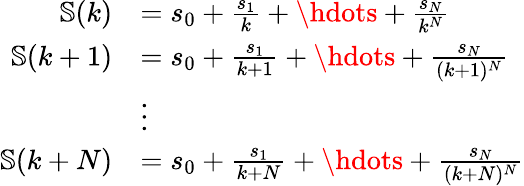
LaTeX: \begin{array}{rl}{\mathbb{S}(k)}&{=s_{0}+\frac{s_{1}}{k}+\hdots+\frac{s_{N}}{k^{N}}}\\ {\mathbb{S}(k+1)}&{=s_{0}+\frac{s_{1}}{k+1}+\hdots+\frac{s_{N}}{(k+1)^{N}}}\\ &{\vdots}\\ {\mathbb{S}(k+N)}&{=s_{0}+\frac{s_{1}}{k+N}+\hdots+\frac{s_{N}}{(k+N)^{N}}}\end{array}